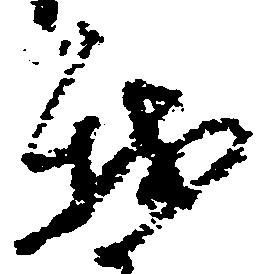
我